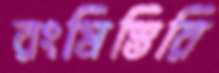
রংমিস্তিরি